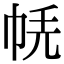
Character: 𢂮